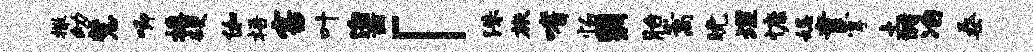
撒幼慧唧播硬伽梧害叶泊兹「洙旅嗜怕翳胎嵩晚埋慷妃童掌土储冶桑